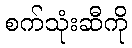
စက်သုံးဆီကို